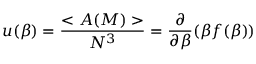
u ( \beta ) = \frac { < { \cal A } ( M ) > } { N ^ { 3 } } = \frac { \partial } { \partial \beta } ( \beta f ( \beta ) )